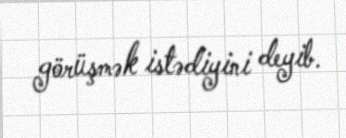
görüşmək istədiyini deyib.